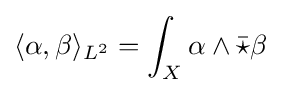
\langle \alpha ,\beta \rangle _{L^{2}}=\int _{X}\alpha \wedge {\bar {\star }}\beta